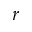
r